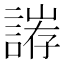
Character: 𮘥